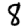
Digit: 8